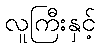
လူကြီးနှင့်